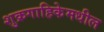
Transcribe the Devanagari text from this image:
शुक्रगाहिकेमधील